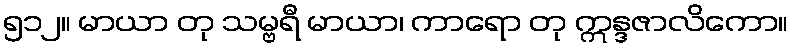
၅၁၂။ မာယာ တု သမ္ဗရီ မာယာ၊ ကာရော တု ဣန္ဒဇာလိကော။